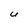
Character: U